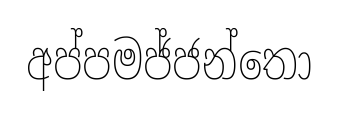
අප්පමජ්ජන්තො